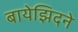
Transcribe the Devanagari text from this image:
बायेझिदने